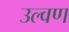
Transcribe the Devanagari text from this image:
उल्वण